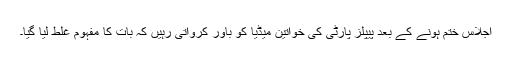
اجلاس ختم ہونے کے بعد پیپلز پارٹی کی خواتین میڈیا کو باور کرواتی رہیں کہ بات کا مفہوم غلط لیا گیا۔